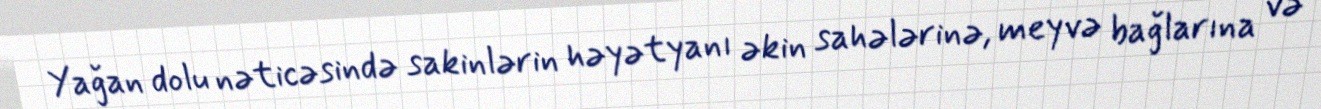
Yağan dolu nəticəsində sakinlərin həyətyanı əkin sahələrinə, meyvə bağlarına və